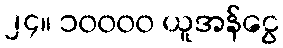
၂၄။ ၁၀၀၀၀ ယူအန်ငွေ